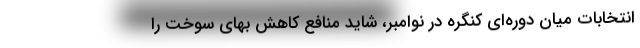
انتخابات میان دوره‌ای کنگره در نوامبر، شاید منافع کاهش بهای سوخت را